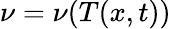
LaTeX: \nu=\nu(T(x,t))